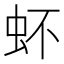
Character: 𧉈